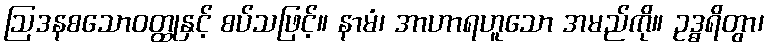
ဩဒနစသောဝတ္ထုနှင့် စပ်သဖြင့်။ နာမံ၊ အာဟာရဟူသော အမည်ကို။ ဥဒ္ဓရိတွာ၊